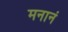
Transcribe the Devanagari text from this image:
मनानं